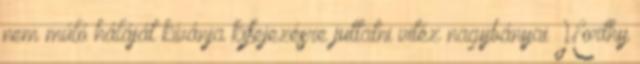
nem múló háláját kívánja kifejezésre juttatni vitéz nagybányai Horthy